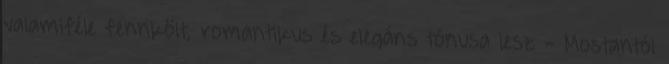
valamiféle fennkölt, romantikus és elegáns tónusa lesz - Mostantól